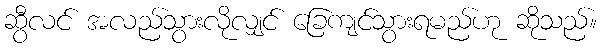
ဆွီလင် အလည်သွားလိုလျှင် ခြေကျင်သွားရမည်ဟု ဆိုသည်။